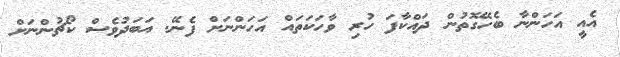
އެއީ އަހަންނާ ބެހޭގޮތުން ދައްކާފަ ހުރި ވާހަކަތައް އަހަންނަށް ފެނޭ. އަބަދުވެސް ކޯޗުންނަށް